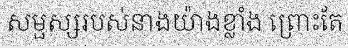
សម្ផស្សរបស់នាងយ៉ាងខ្លាំង ព្រោះតែ